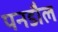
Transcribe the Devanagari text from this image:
पनडौल